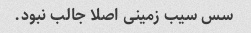
سس سیب زمینی اصلا جالب نبود.